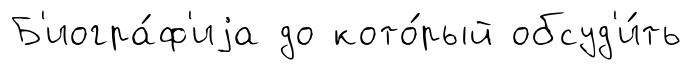
Б'иогра́ф'иjа до кото́рый обсуд'и́ть